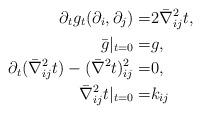
LaTeX: \begin{align*} \partial_t g_t(\partial_i,\partial_j)=&2\bar{\nabla}^2_{ij} t, \\ \bar{g}|_{t=0}=&g, \\ \partial_t (\bar{\nabla}^2_{ij}t)-(\bar{\nabla}^2t)^2_{ij}=& 0, \\ \bar{\nabla}^2_{ij} t|_{t=0}=& k_{ij}\end{align*}